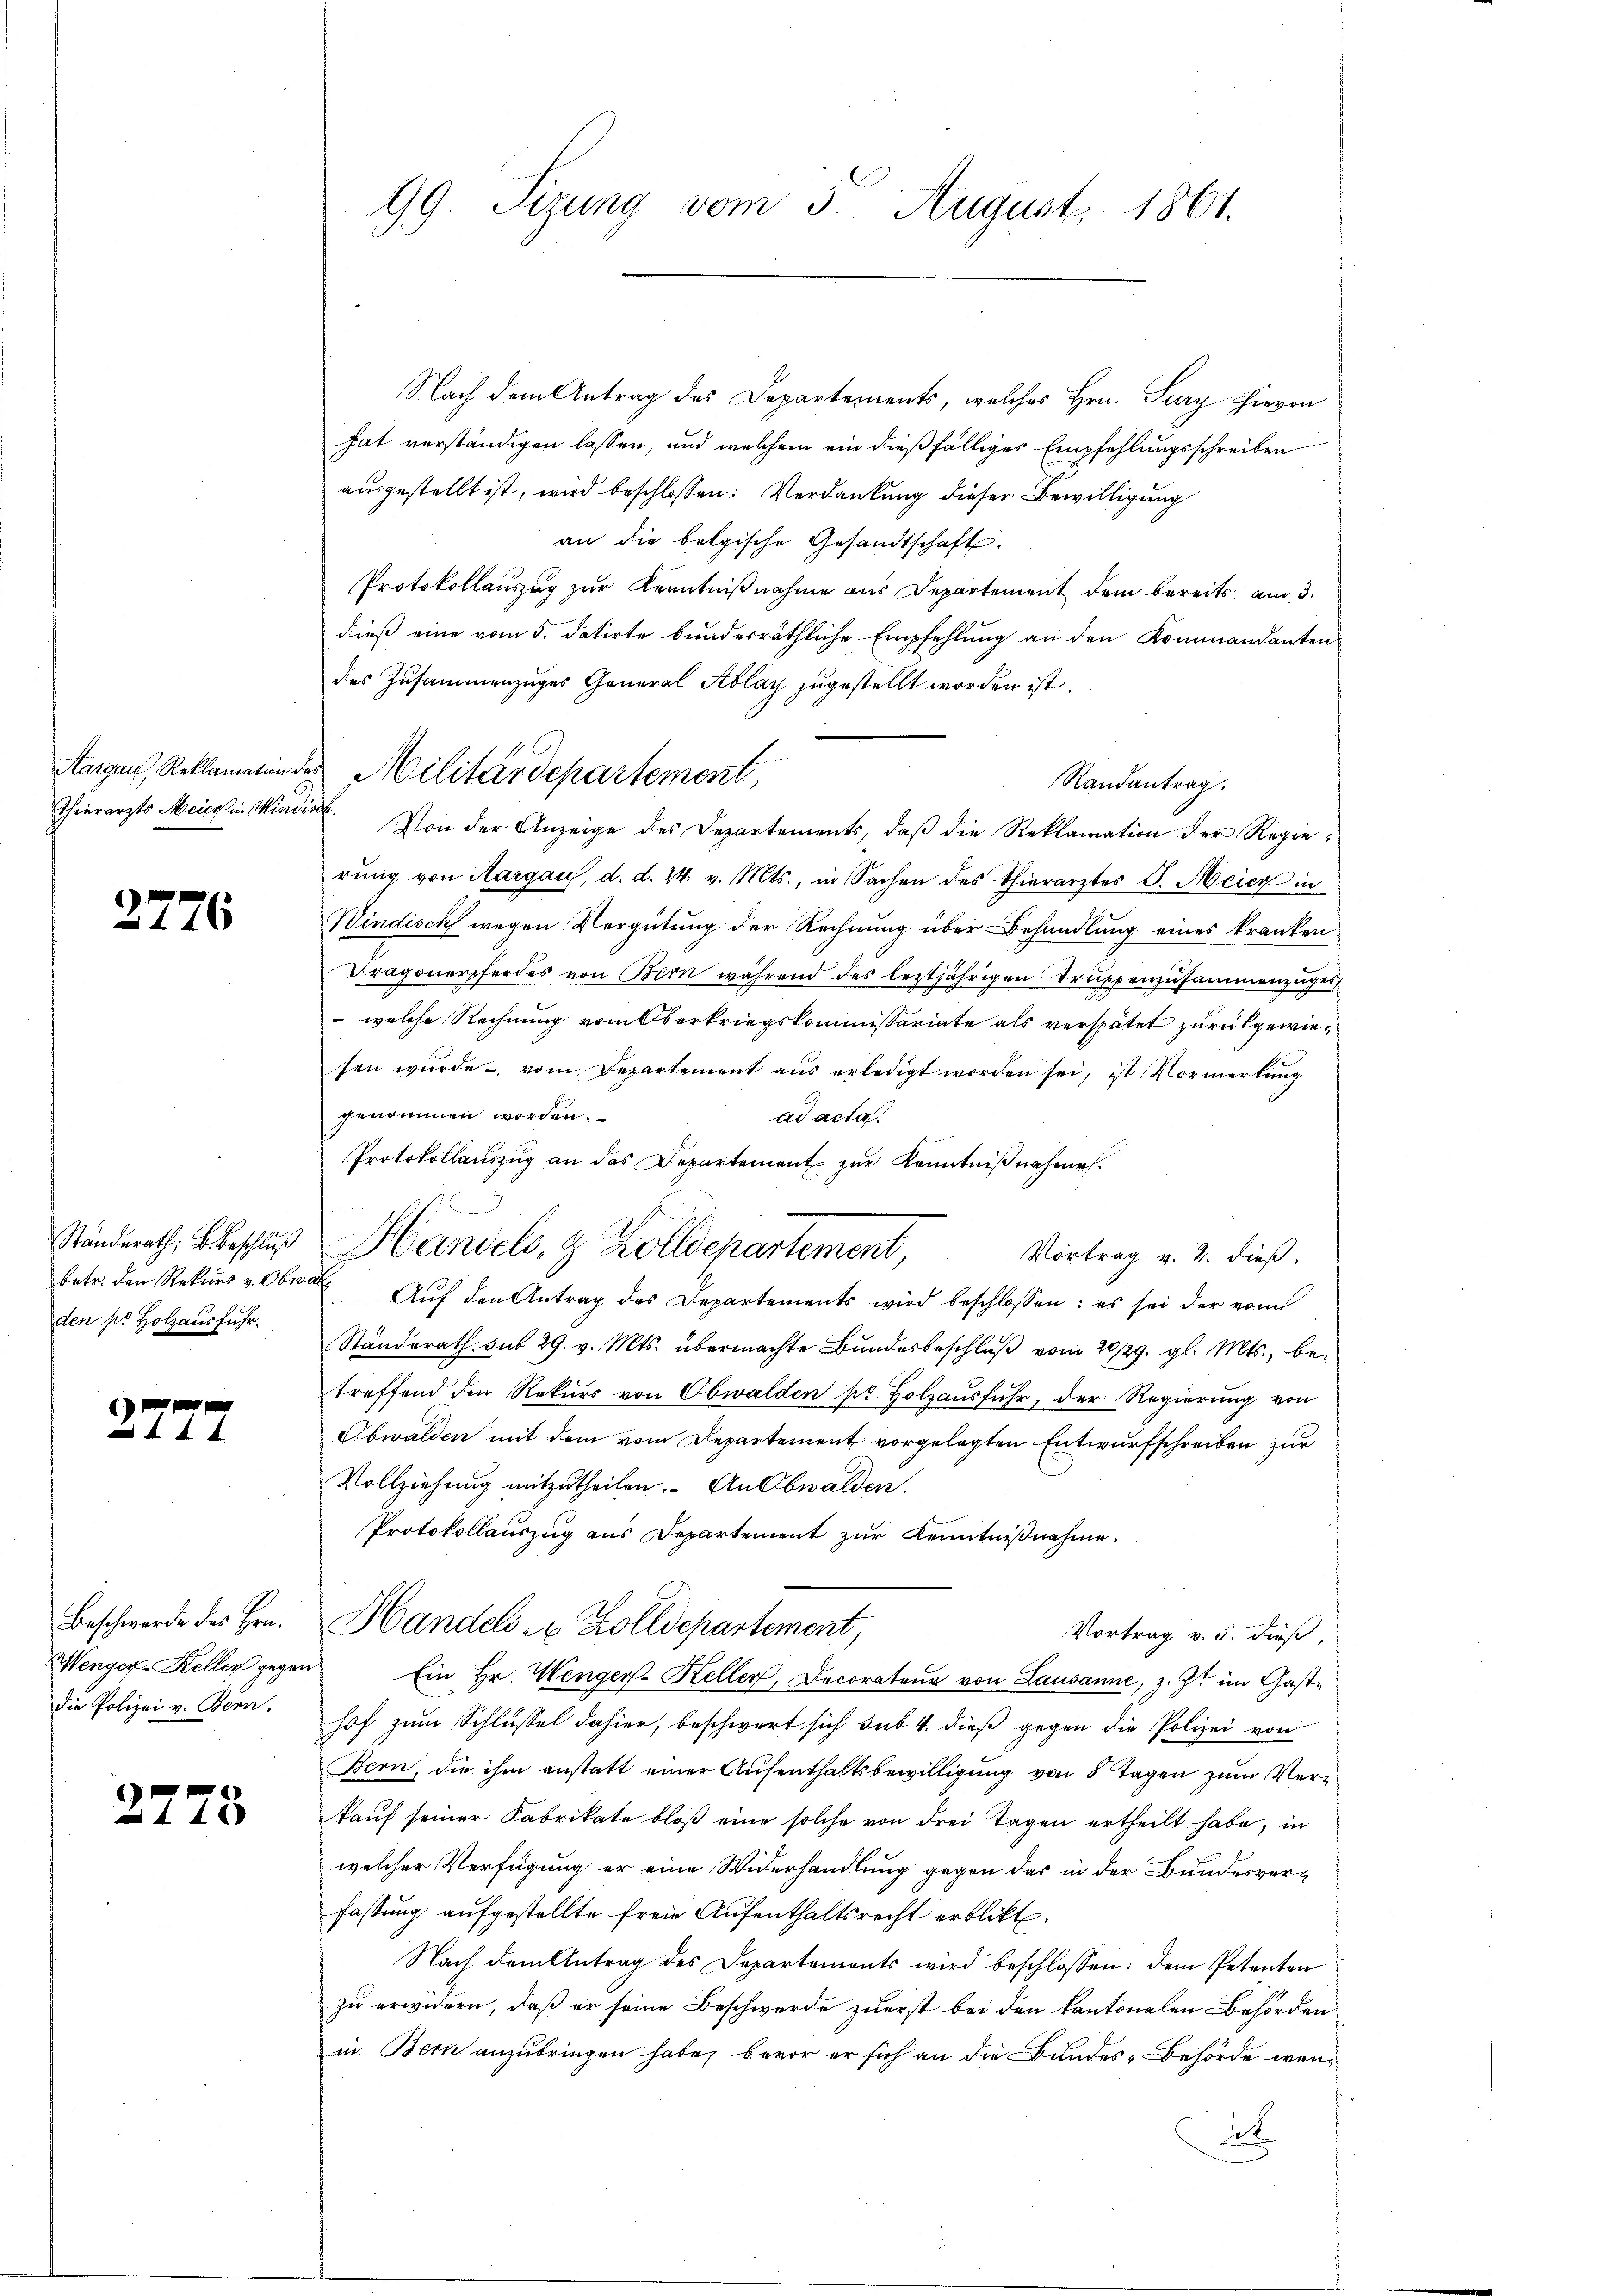
Thierarzts Meier in Mini

2776

betr. den Rekurs v. Obe
den sie Holzausfuhr.

277

Beschwerde des Hrn.
Wenger-Keller gegen
die Polizei v. Bern.

2778

99. Sizung vom 3. August 1861.

Nach dem Antrag des Departements, welches Hrn. Sury hievon
hat verständigen lassen, und welchem ein dießfälliges Empfehlungsschreiben
ausgestellt ist, wird beschlossen: Verdankung dieser Bewilligung
an die belgische Gesandtschaft.
Protokollauszug zur Kenntnißnahme aus Departement dem bereits am 3.
dieß eine vom 5. datirte bunderräthliche Empfehlung an den Kommandanten
des Zusammenzuges General Ablag zugestellt worden ist.
Randantrag.
it. Von der Anzeige des Departements, daβ die Reklamation der Regierung von Aargaus, d. d. 24. v. Mts., in Sachen des Thierarztes J. Meier in
Windisch wegen Vergütung der Rechnung über Behandlung eines kranken
Dragonerpferdes von Bern während des leztjährigen Truppenzusammenzuges
 welche Rechnung vom Oberkriegskommissariate als verspätet zurükgewiesen würde vom Departement aŭs erledigt worden sei, ist. Vormerkung
genommen worden.
ad acta.
Protokollauszug an das Departement zur Kenntnißnahmen.
Ständerath, Beschluß Handels, 9 Zollschartement
Vortrag v. 2. dieß,
d Aŭf den Antrag des Departements wird beschlossen: es sei der vom
Standerath sub 29. v. Mts. übermachte Bŭndesbeschlŭβ vom 20/29. gl. Mts., be-
treffend den Rekŭrs von Obwalden pr Holzausfuhr, der Regierung von
Obwalden mit dem vom Departement vorgelegten Entwurfschreiben zur
Vollziehung mitzutheilen. An Obwalden.
Protokollauszug aus Departement zur Kenntnißnahme.
Handels zu Zolldepartement,
Vortrag v. 5. dieß,
u Ein Hr. Wenger-Keller, Decorateŭr von Lausanne, z. Zt. im Gaste
hof zum Schlüssel dahier, beschwert sich sub. 4. dieß gegen die Polizei von
Bern, die ihm anstatt einer Aufenthaltsbewilligung von 8 Tagen zum Verkauf seiner Fabrikate bloß eine solche von drei Tagen ertheilt habe, in
welcher Verfügung er eine Widerhandlung gegen das in der Bundesverfassung aufgestellte freie Aufenthaltsrecht erblickt.
Nach dem Antrag des Departements wird beschlossen: dem Petenten
zu erwidern, daß er seine Beschwerde zuerst bei den kantonalen Behörden
in Bern anzubringen habe, bevor er sich an die Bundes-Behörde wen¬
A

Aargau, Reklamation des Militärdepartement